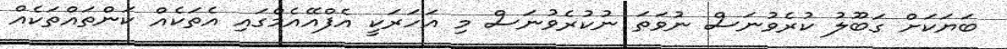
ބަޔަކަށް ގަބޫލު ކުރެވުނަސް ނުވަތަ ނުކުރެވުނަސް މި އަހަރަކީ އެފްއޭއެމްގައި އެތަކެއް ކަންތައްތަކެއް